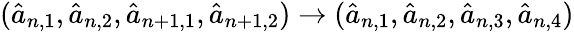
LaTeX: (\hat{a}_{n,1},\hat{a}_{n,2},\hat{a}_{n+1,1},\hat{a}_{n+1,2})\rightarrow(\hat{a}_{n,1},\hat{a}_{n,2},\hat{a}_{n,3},\hat{a}_{n,4})